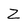
Character: Z